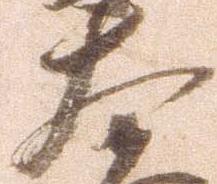
大